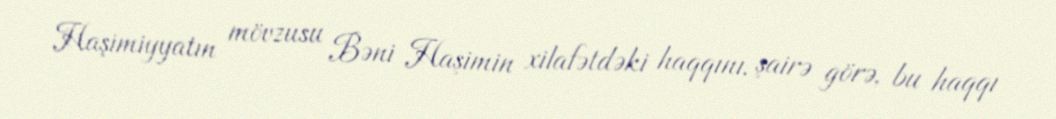
Haşimiyyatın mövzusu Bəni Haşimin xilafətdəki haqqını, şairə görə, bu haqqı